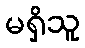
မရှိသူ